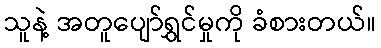
သူနဲ့ အတူပျော်ရွှင်မှုကို ခံစားတယ်။